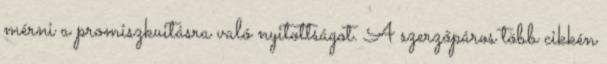
mérni a promiszkuitásra való nyitottságot. A szerzőpáros több cikkén